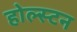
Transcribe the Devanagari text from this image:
होल्स्टन